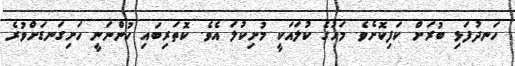
ހަނދުފަޅި ބުރަށް ކަފިކޮށެވެ. މަހުގެ ކުލައަކީ މުށިކުލަ އެވެ. ކޮތަރިބައި ހުންނަނީ ހަށިގަނޑަށްވުރެ